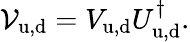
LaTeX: {\mathcal V}_{\mathrm{u,d}}=V_{\mathrm{u,d}}U_{\mathrm{u,d}}^{\dagger}.